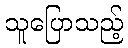
သူပြောသည့်